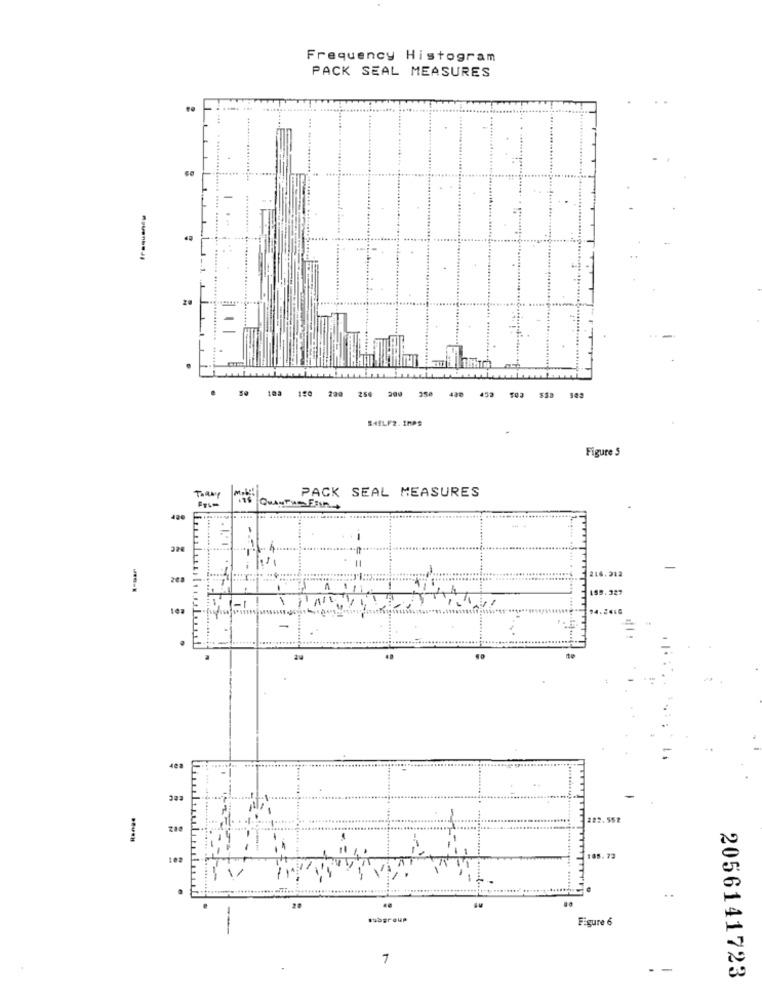
Frequency Histogram
PACK SEAL MEASURES
..
.
250 200
SHELF2. IMPS
Figure 5
PACK SEAL MEASURES
QUANTAS Fin
420
32€
216.312
1 1
155.327
-
14.2416
-
422
222.552
102
105.73
20
Figure 6
7
- -
2056141723